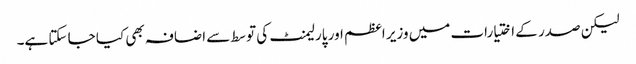
لیکن صدر کے اختیارات میں وزیر اعظم اور پارلیمنٹ کی توسط سے اضافہ بھی کیا جا سکتا ہے۔